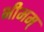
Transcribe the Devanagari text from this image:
भीमम्